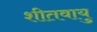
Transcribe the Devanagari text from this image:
शीतवायु